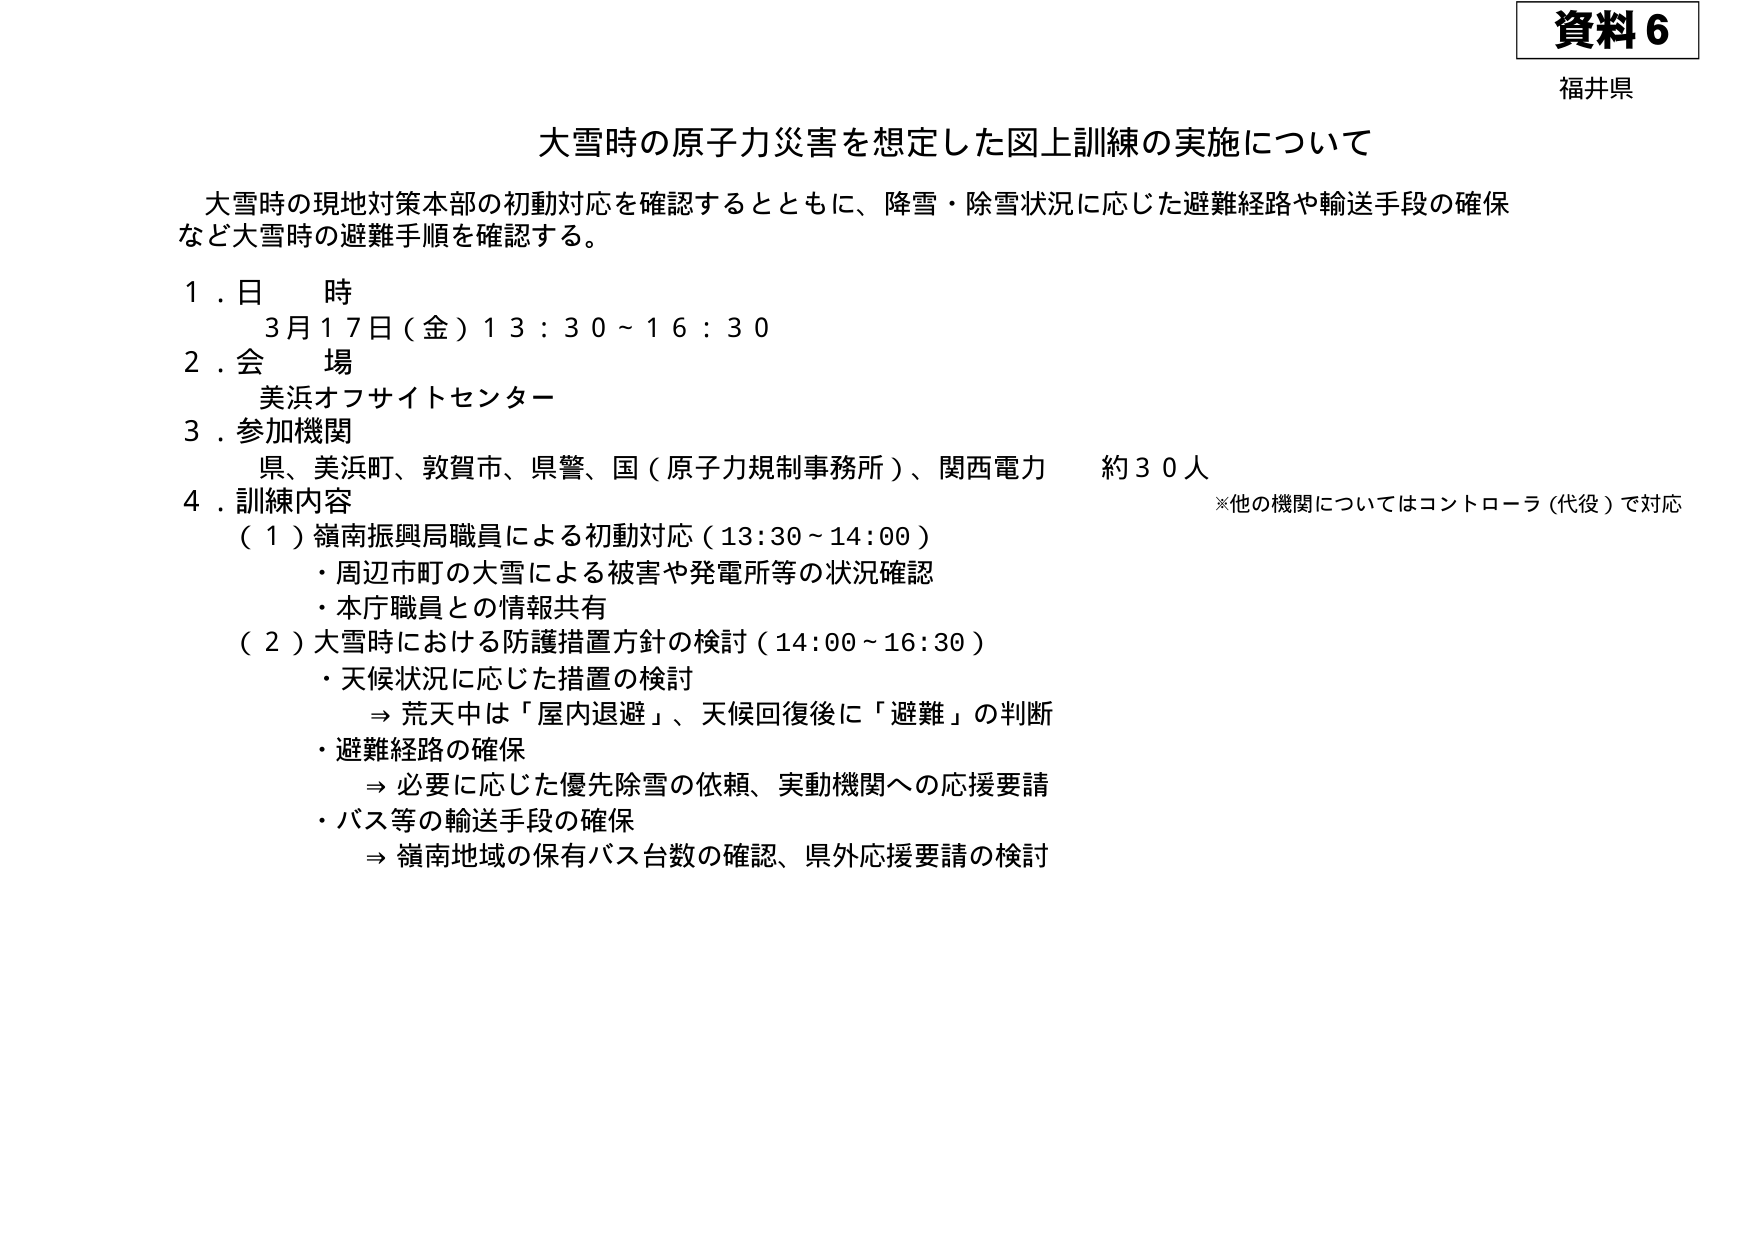
資料６
福井県

大雪時の原子力災害を想定した図上訓練の実施について

大雪時の現地対策本部の初動対応を確認するとともに、降雪・除雪状況に応じた避難経路や輸送手段の確保など大雪時の避難手順を確認する。

１．日 時
　　３月１７日（金）１３：３０～１６：３０

２．会 場
　　美浜オフサイトセンター

３．参加機関
　　県、美浜町、敦賀市、県警、国（原子力規制事務所）、関西電力　約３０人
　　※他の機関についてはコントローラ（代役）で対応

４．訓練内容
　（１）嶺南振興局職員による初動対応（13:30～14:00）
　　・周辺市町の大雪による被害や発電所等の状況確認
　　・本庁職員との情報共有
　（２）大雪時における防護措置方針の検討（14:00～16:30）
　　・天候状況に応じた措置の検討
　　　⇒ 荒天中は「屋内退避」、天候回復後に「避難」の判断
　　・避難経路の確保
　　　⇒ 必要に応じた優先除雪の依頼、実動機関への応援要請
　　・バス等の輸送手段の確保
　　　⇒ 嶺南地域の保有バス台数の確認、県外応援要請の検討